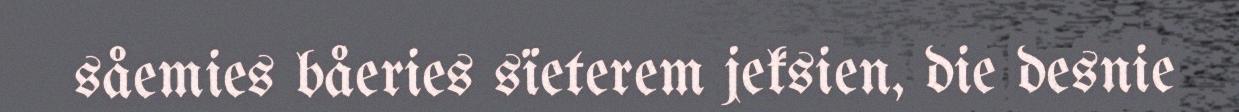
såemies båeries sïeterem jeksien, die desnie